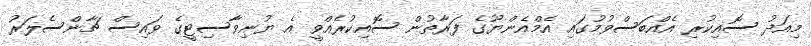
މިއަދު ސޮއިކުރި އެއްބަސްވުމުގައި އެމްއެންޔޫގެ ފަރާތުން ސޮއިކުރެއްވީ އެ ޔުނިވާސިޓީގެ ވައިސް ޗާންސެލަރު